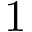
1